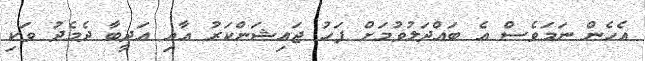
އެހެން ނަމަވެސް އެ ބައްދަލުވުމަށް ފަހު ޖައިޝަންކަރު އާއި އަދީބާ ދެމެދު ވަކި